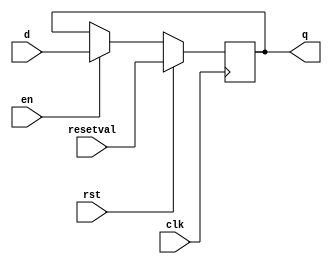
`timescale 1ns / 1ps
//////////////////////////////////////////////////////////////////////////////////
// Team: 
// Member: 
// 
// Module Name:    Control_Unit 
// Project Name:   Pocket_Calculator_Processor
//
// Additional Comments: 
//
//////////////////////////////////////////////////////////////////////////////////

module rgst #(parameter N=16)(
    input clk, rst, en,
    input [N-1:0]resetval,
    input [N-1:0] d,
    output reg [N-1:0] q 
);

always @(posedge clk) begin
	if(rst != 0)
		q <= resetval;
	else if(en)
		q <= d;
end

endmodule